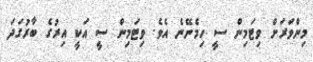
މިންވަރަށް ވިޓަމިން ސީ ހިމެނޭނެ އެވެ. ވިޓަމިން ސީ އަކީ އިރުގެ ބާރުގަދަ